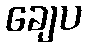
ချေပ